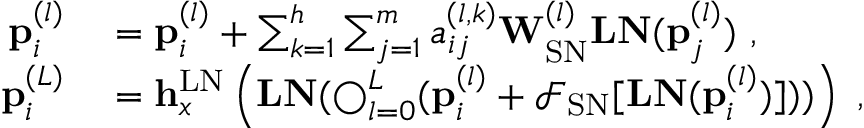
\begin{array} { r l } { \mathbf { p } _ { i } ^ { ( l ) } } & { { } = \mathbf { p } _ { i } ^ { ( l ) } + \sum _ { k = 1 } ^ { h } \sum _ { j = 1 } ^ { m } a _ { i j } ^ { ( l , k ) } \mathbf { W } _ { \mathrm { S N } } ^ { ( l ) } \mathbf { L N } ( \mathbf { p } _ { j } ^ { ( l ) } ) ~ , } \\ { \mathbf { p } _ { i } ^ { ( L ) } } & { { } = \mathbf { h } _ { x } ^ { \mathrm { L N } } \left( \mathbf { L N } ( \mathbf { \bigcirc } _ { l = 0 } ^ { L } ( \mathbf { p } _ { i } ^ { ( l ) } + \mathcal { F } _ { \mathrm { S N } } [ \mathbf { L N } ( \mathbf { p } _ { i } ^ { ( l ) } ) ] ) ) \right) ~ , } \end{array}